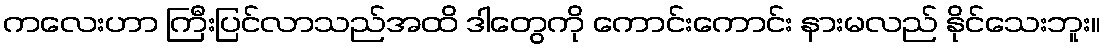
ကလေးဟာ ကြီးပြင်လာသည်အထိ ဒါတွေကို ကောင်းကောင်း နားမလည် နိုင်သေးဘူး။